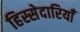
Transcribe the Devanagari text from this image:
हिस्सेदारियाँ